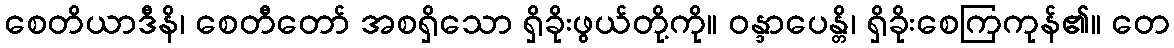
စေတိယာဒီနိ၊ စေတီတော် အစရှိသော ရှိခိုးဖွယ်တို့ကို။ ဝန္ဒာပေန္တိ၊ ရှိခိုးစေကြကုန်၏။ တေ